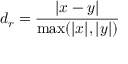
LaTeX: d _ { r } = { \frac { | x - y | } { \operatorname* { m a x } ( | x | , | y | ) } }